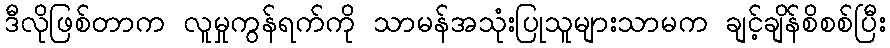
ဒီလိုဖြစ်တာက လူမှုကွန်ရက်ကို သာမန်အသုံးပြုသူများသာမက ချင့်ချိန်စိစစ်ပြီး